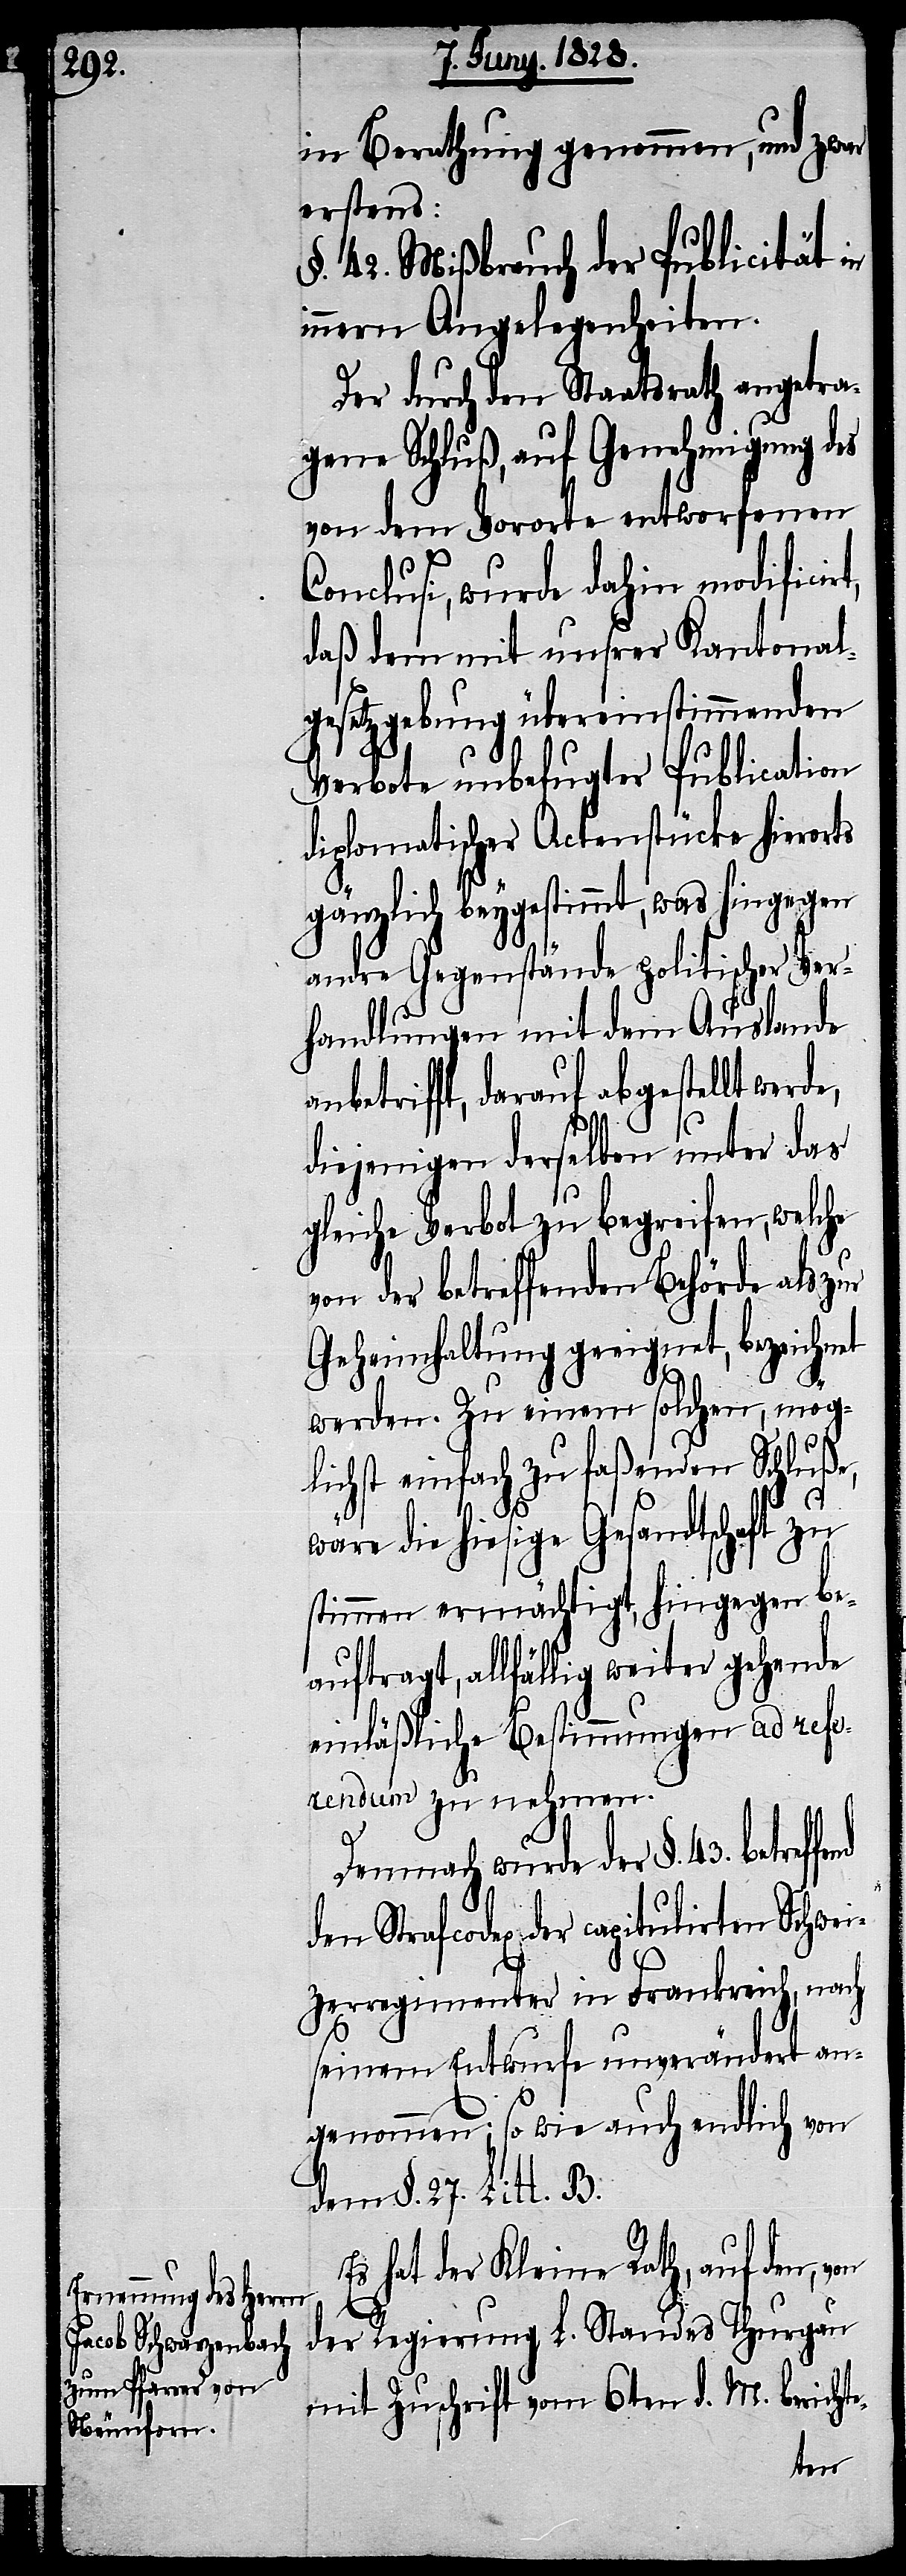
in Berathung genommen, und zwar
erstens:
§. 42. Mißbrauch der Publicität in
innern Angelegenheiten.
Der durch den Staatsrath angetra¬
gene Schluß, auf Genehmigung des
von dem Vororte entworfenen
Conclusi, wurde dahin modificirt,
daß dem mit unserer Kantonal¬
gesetzgebung übereinstimmenden
Verbote unbefugter Publication
diplomatischer Actenstücke hierorts
gänzlich beygestimmt, was hingegen
andre Gegenstände politischer Ver¬
handlungen mit dem Auslande
nbetrifft, darauf abgestellt we¬
diejenigen derselben unter das
gleiche Verbot zu begreifen, welche
von der betreffenden Behörde als zur
Geheimhaltung geeignet, bezeichnet
werden. Zu einem solchen, mög¬
lichst einfach zu faßenden Schluße,
rde,
e-
wäre die hiesige Gesandtschaft zu
stimmen ermächtigt, hingegen be¬
auftragt, allfällig weiter gehende
einläßliche Bestimmungen ad refe¬
rendum zu nehmen.
Demnach wurde der §. 43. betref¬
der capitulirten Schwei¬
zerregimenter in Frankreich, nach
seinem Entwurfe unverändert an¬
genommen; so wie auch endlich von
dem §. 27. Litt B.
Es hat der Kleine Rath, auf den,
der Regierung L. Standes Thurgau
mit Zuschrift vom 6ten d. M. bericht¬
den